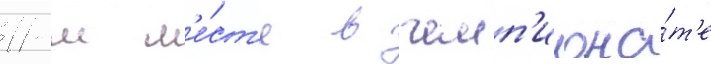
11-м м'е́ст'е в чемп'иона́т'е